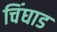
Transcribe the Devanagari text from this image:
चिंघाड